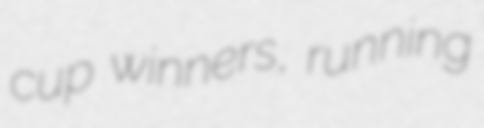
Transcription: cup winners, running